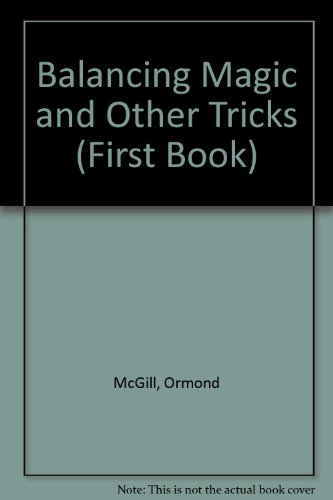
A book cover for Balancing Magic and Other Tricks (First Book); Ormond McGill; Sports & Outdoors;